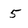
Character: 5